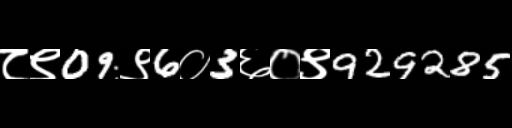
Text: ८९09९6०3६०९929285